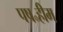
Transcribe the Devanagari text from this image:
पष॰हीम